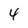
Character: 4